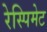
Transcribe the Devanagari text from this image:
रेस्पिमेट